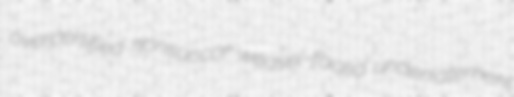
overcertified nonsuccor weasel-faced underratement